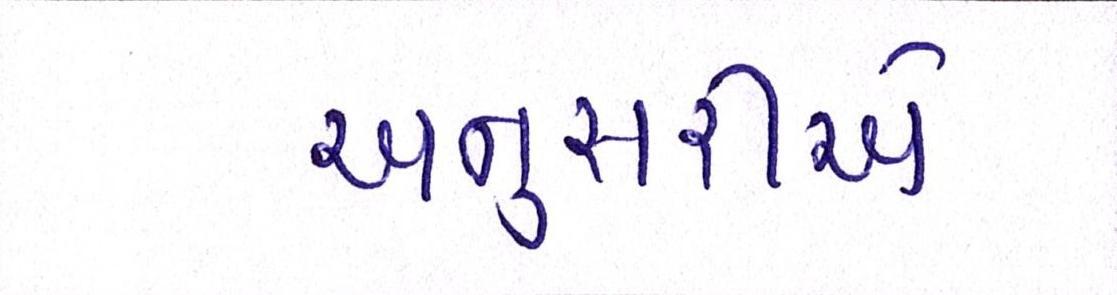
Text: અનુસરીએ